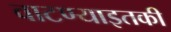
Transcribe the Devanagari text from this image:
वाटण्याइतकी